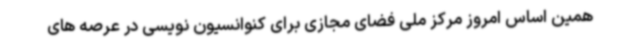
همین اساس امروز مرکز ملی فضای مجازی برای کنوانسیون نویسی در عرصه های